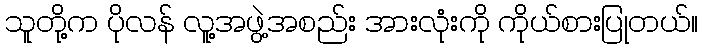
သူတို့က ပိုလန် လူ့အဖွဲ့အစည်း အားလုံးကို ကိုယ်စားပြုတယ်။